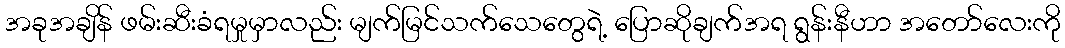
အခုအချိန် ဖမ်းဆီးခံရမှုမှာလည်း မျက်မြင်သက်သေတွေရဲ့ ပြောဆိုချက်အရ ရွန်းနီဟာ အတော်လေးကို